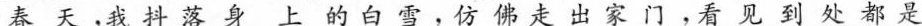
春天，我抖落身上的白雪，仿佛走出家门，看见到处都是